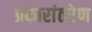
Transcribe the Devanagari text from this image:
प्रकारांतरेण